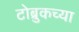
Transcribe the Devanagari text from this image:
टोब्रुकच्या